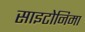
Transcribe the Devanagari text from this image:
साइटोनिमा